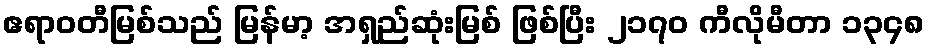
ဧရာဝတီမြစ်သည် မြန်မာ့ အရှည်ဆုံးမြစ် ဖြစ်ပြီး ၂၁၇၀ ကီလိုမီတာ ၁၃၄၈